Treatise on elephants
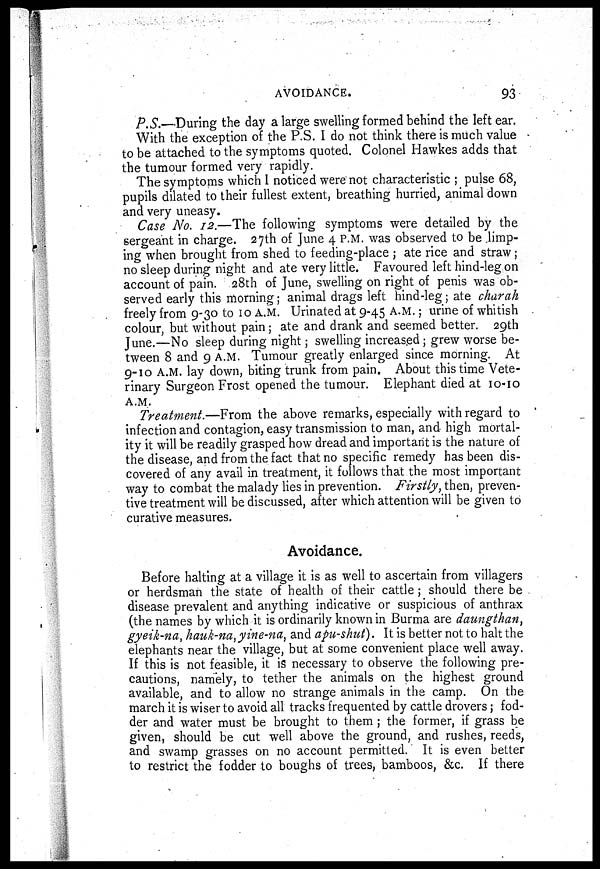
AVOIDANCE.
93
P.S.—During the day a large swelling formed behind the left ear.
With the exception of the P.S. I do not think there is much value
to be attached to the symptoms quoted. Colonel Hawkes adds that
the tumour formed very rapidly.
The symptoms which 1 noticed were not characteristic ; pulse 68,
pupils dilated to their fullest extent, breathing hurried, animal down
and very uneasy.
Case No. 12.—The following symptoms were detailed by the
sergeant in charge. 27th of June 4 P.M. was observed to be limp-
ing when brought from shed to feeding-place ; ate rice and straw;
no sleep during night and ate very little. Favoured left hind-leg on
account of pain. 28th of June, swelling on right of penis was ob-
served early this morning; animal drags left hind-leg; ate charah
freely from 9-30 to 10 A.M. Urinated at 9-45 A.M.; urine of whitish
colour, but without pain; ate and drank and seemed better. 29th
June.—No sleep during night; swelling increased ; grew worse be-
tween 8 and 9 A.M. Tumour greatly enlarged since morning. At
9-10 A.M. lay down, biting trunk from pain. About this time Vete-
rinary Surgeon Frost opened the tumour. Elephant died at 10-10
A.M.
Treatment.—From the above remarks, especially with regard to
infection and contagion, easy transmission to man, and high mortal-
ity it will be readily grasped how dread and important is the nature of
the disease, and from the fact that no specific remedy has been dis-
covered of any avail in treatment, it follows that the most important
way to combat the malady lies in prevention. Firstly, then, preven-
tive treatment will be discussed, after which attention will be given to
curative measures.
Avoidance.
Before halting at a village it is as well to ascertain from villagers
or herdsman the state of health of their cattle ; should there be
disease prevalent and anything indicative or suspicious of anthrax
(the names by which it is ordinarily known in Burma are daungthan,
gyeik-na, hauk-na, yine-na, and apu-shut). It is better not to halt the
elephants near the village, but at some convenient place well away.
If this is not feasible, it is necessary to observe the following pre-
cautions, namely, to tether the animals on the highest ground
available, and to allow no strange animals in the camp. On the
march it is wiser to avoid all tracks frequented by cattle drovers; fod-
der and water must be brought to them ; the former, if grass be
given, should be cut well above the ground, and rushes, reeds,
and swamp grasses on no account permitted. It is even better
to restrict the fodder to boughs of trees, bamboos, &c. If there